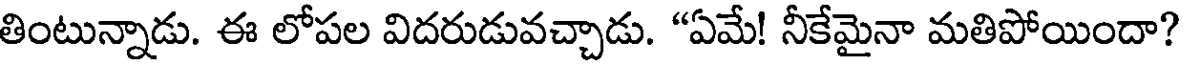
తింటున్నాడు. ఈ లోపల విదరుడువచ్చాడు. "ఏమే! నీకేమైనా మతిపోయిందా?